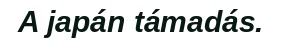
A japán támadás.